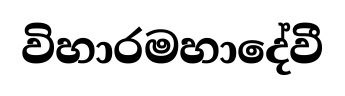
විහාරමහාදේවී